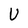
Character: U